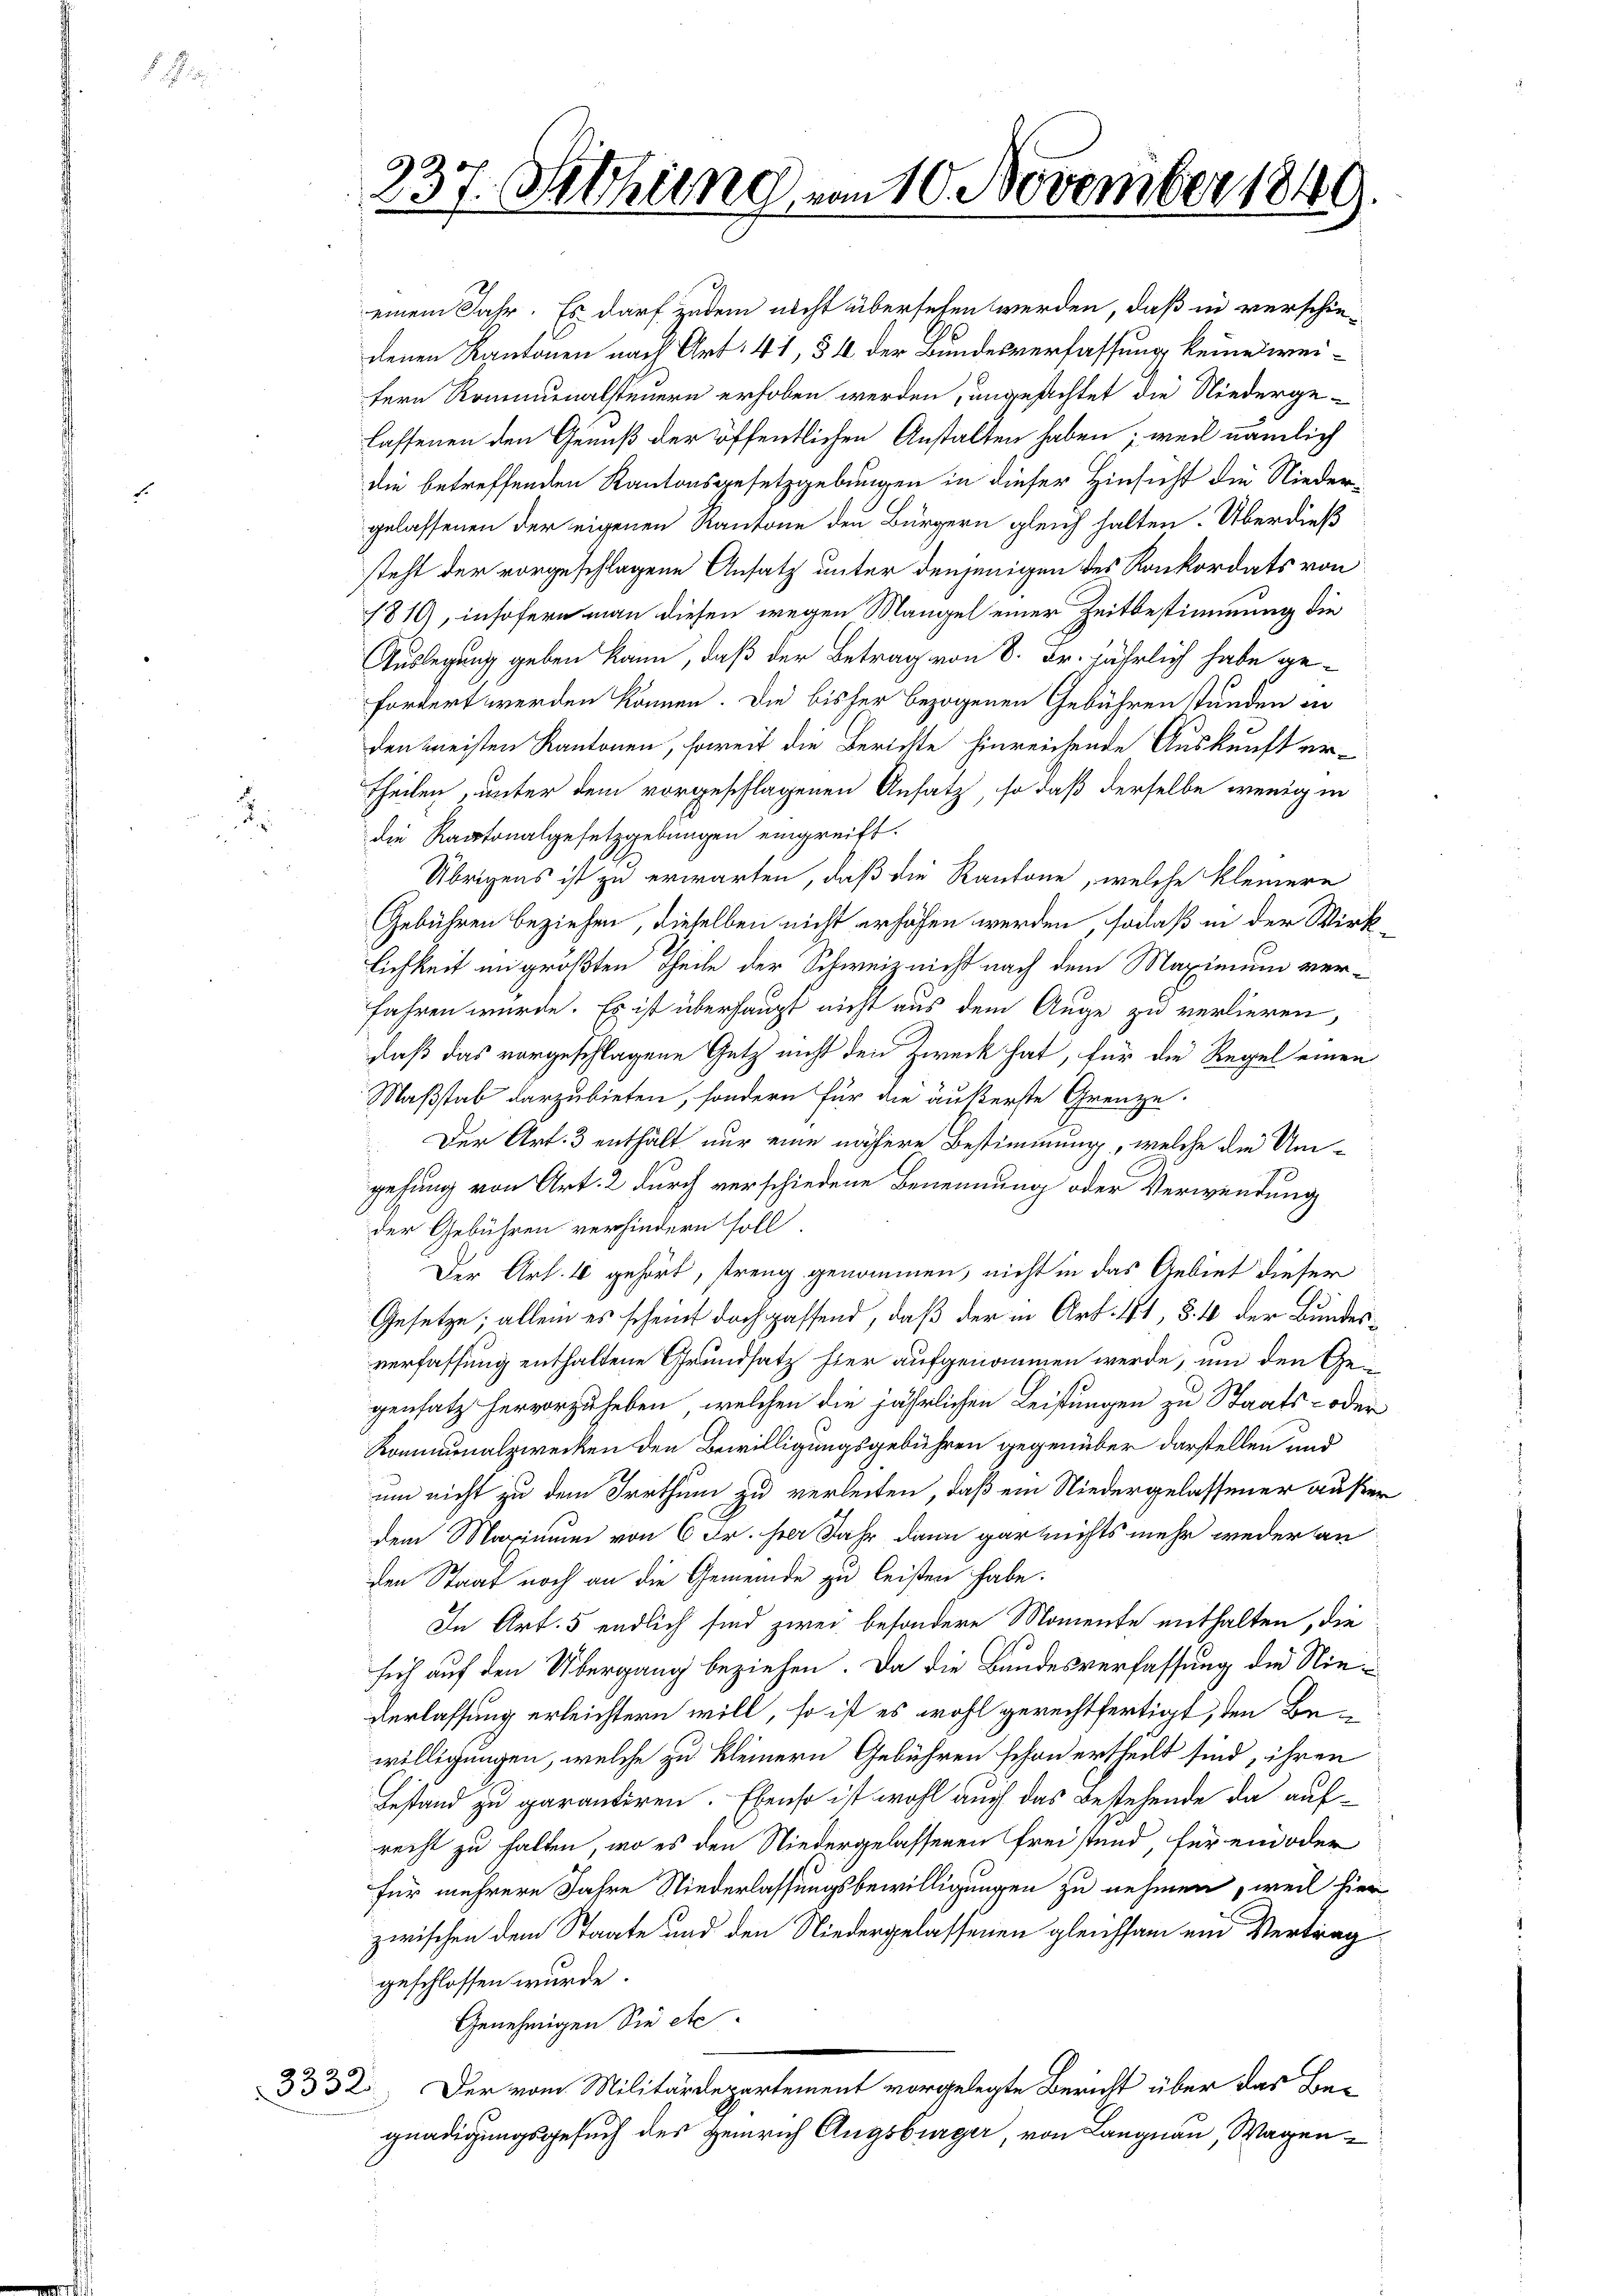
. . .

einem Jahr. Es darf zudem nicht übersehen werden, daß in verschiedenen Kantonen nach Art. 41, § 1 der Bundesverfassung keine weifern Rommunalsteuern erhoben werden, ungesachtet die Niedergelassenen den Genuß der öffentlichen Anstalten haben; weil nämlich
die betreffenden Kantonsgesetzgebungen in dieser Hinsicht die Niedergelassenen der eigenen Kantone den Bürgern gleich halten. Überdieß
steht der vorgeschlagene Ansatz unter denjenigen des Konkordats von
1810), insofern man diesen wegen Mangel einer Zeitbestimmung die
Auslegung geben kann, daß der Betrag von 8. Fr. jährlich habe ge-
fordert werden können. Die bisher bezogenen Gebühren stunden in
den meisten Kantonen, soweit die Berichte hinreichende Auskunft ertheilen, unter dem vorgeschlagenen Ansatz, so daß derselbe wenig in
die Rantonalgesetzgebungen eingreift.
Übrigens ist zu erwarten, daß die Kantone, welche kleinere
Gebühren beziehen, dieselben nicht erhöhen werden, sodaß in der Wirklichkeit in größten Theile der Schweiz nicht nach dem Maximum verfahren würde. Es ist überhaupt nicht aus dem Auge zu verlieren,
daß das vorgeschlagene Getz nicht den Zweck hat, für die Regel einen
Maßstab darzubieten, sondern für die äußerste Grenze.
Der Art. 3 enthält nur eine nähere Bestimmung, welche die Umgehung von Art. 2 durch verschiedene Benennung oder Verwendung
der Gebühren verhindern soll.
Der Art. 4 gehört, streng genommen, nicht in das Gebiet dieser
Gesetze; allein es scheint doch passend, daß der in Art. 41, § 4 der Bundesverfassung enthaltene Grundsatz hier aufgenommen werde, um den Gegensatz hervorzuheben, welchen die jährlichen Leistungen zu Staats- oder
Kommunalzwecken den Bewilligungsgebühren gegenüber darstellen und
um nicht zu dem Irrthum zu verleiten, daß ein Niedergelassener außer
dem Maximum von 6 Fr. her Jahr dann gar nichts mehr weder an
den Staat noch an die Gemeinde zu leisten habe.
In Art. 5 endlich sind zwei besondere Momente enthalten, die
sich auf den Übergang beziehen. Da die Bundesverfassung die Nie¬
Verlassung erleichtern will, so ist es wohl gerechtfertigt, den Bewilligungen, welche zu kleinern Gebühren schon ertheilt sind, ihren
Gestand zu garantiren. Ebenso ist wohl auch das Bestehende da aufrecht zu halten, wo es den Niedergelassenen Freistand für ein oder
für mehrere Jahre Niederlassungsbewilligungen zu nehmen, weil hier
zwischen dem Staate und den Niedergelassenen gleichsam ein Vertrag
geschlossen wurde.
Genehmigen Sie etc.
3332. Der vom Militärdepartement vorgelegte Bericht über das Be-
gnadigungsgesuch des Heinrich Augsburger, von Langnau, Wagen¬

337. Setzung vom 10. November 1849.